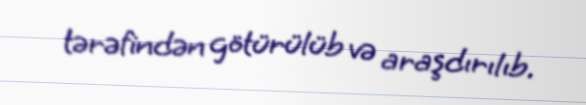
tərəfindən götürülüb və araşdırılıb.